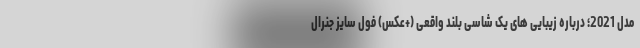
مدل 2021؛ درباره زیبایی های یک شاسی بلند واقعی (+عکس) فول سایز جنرال